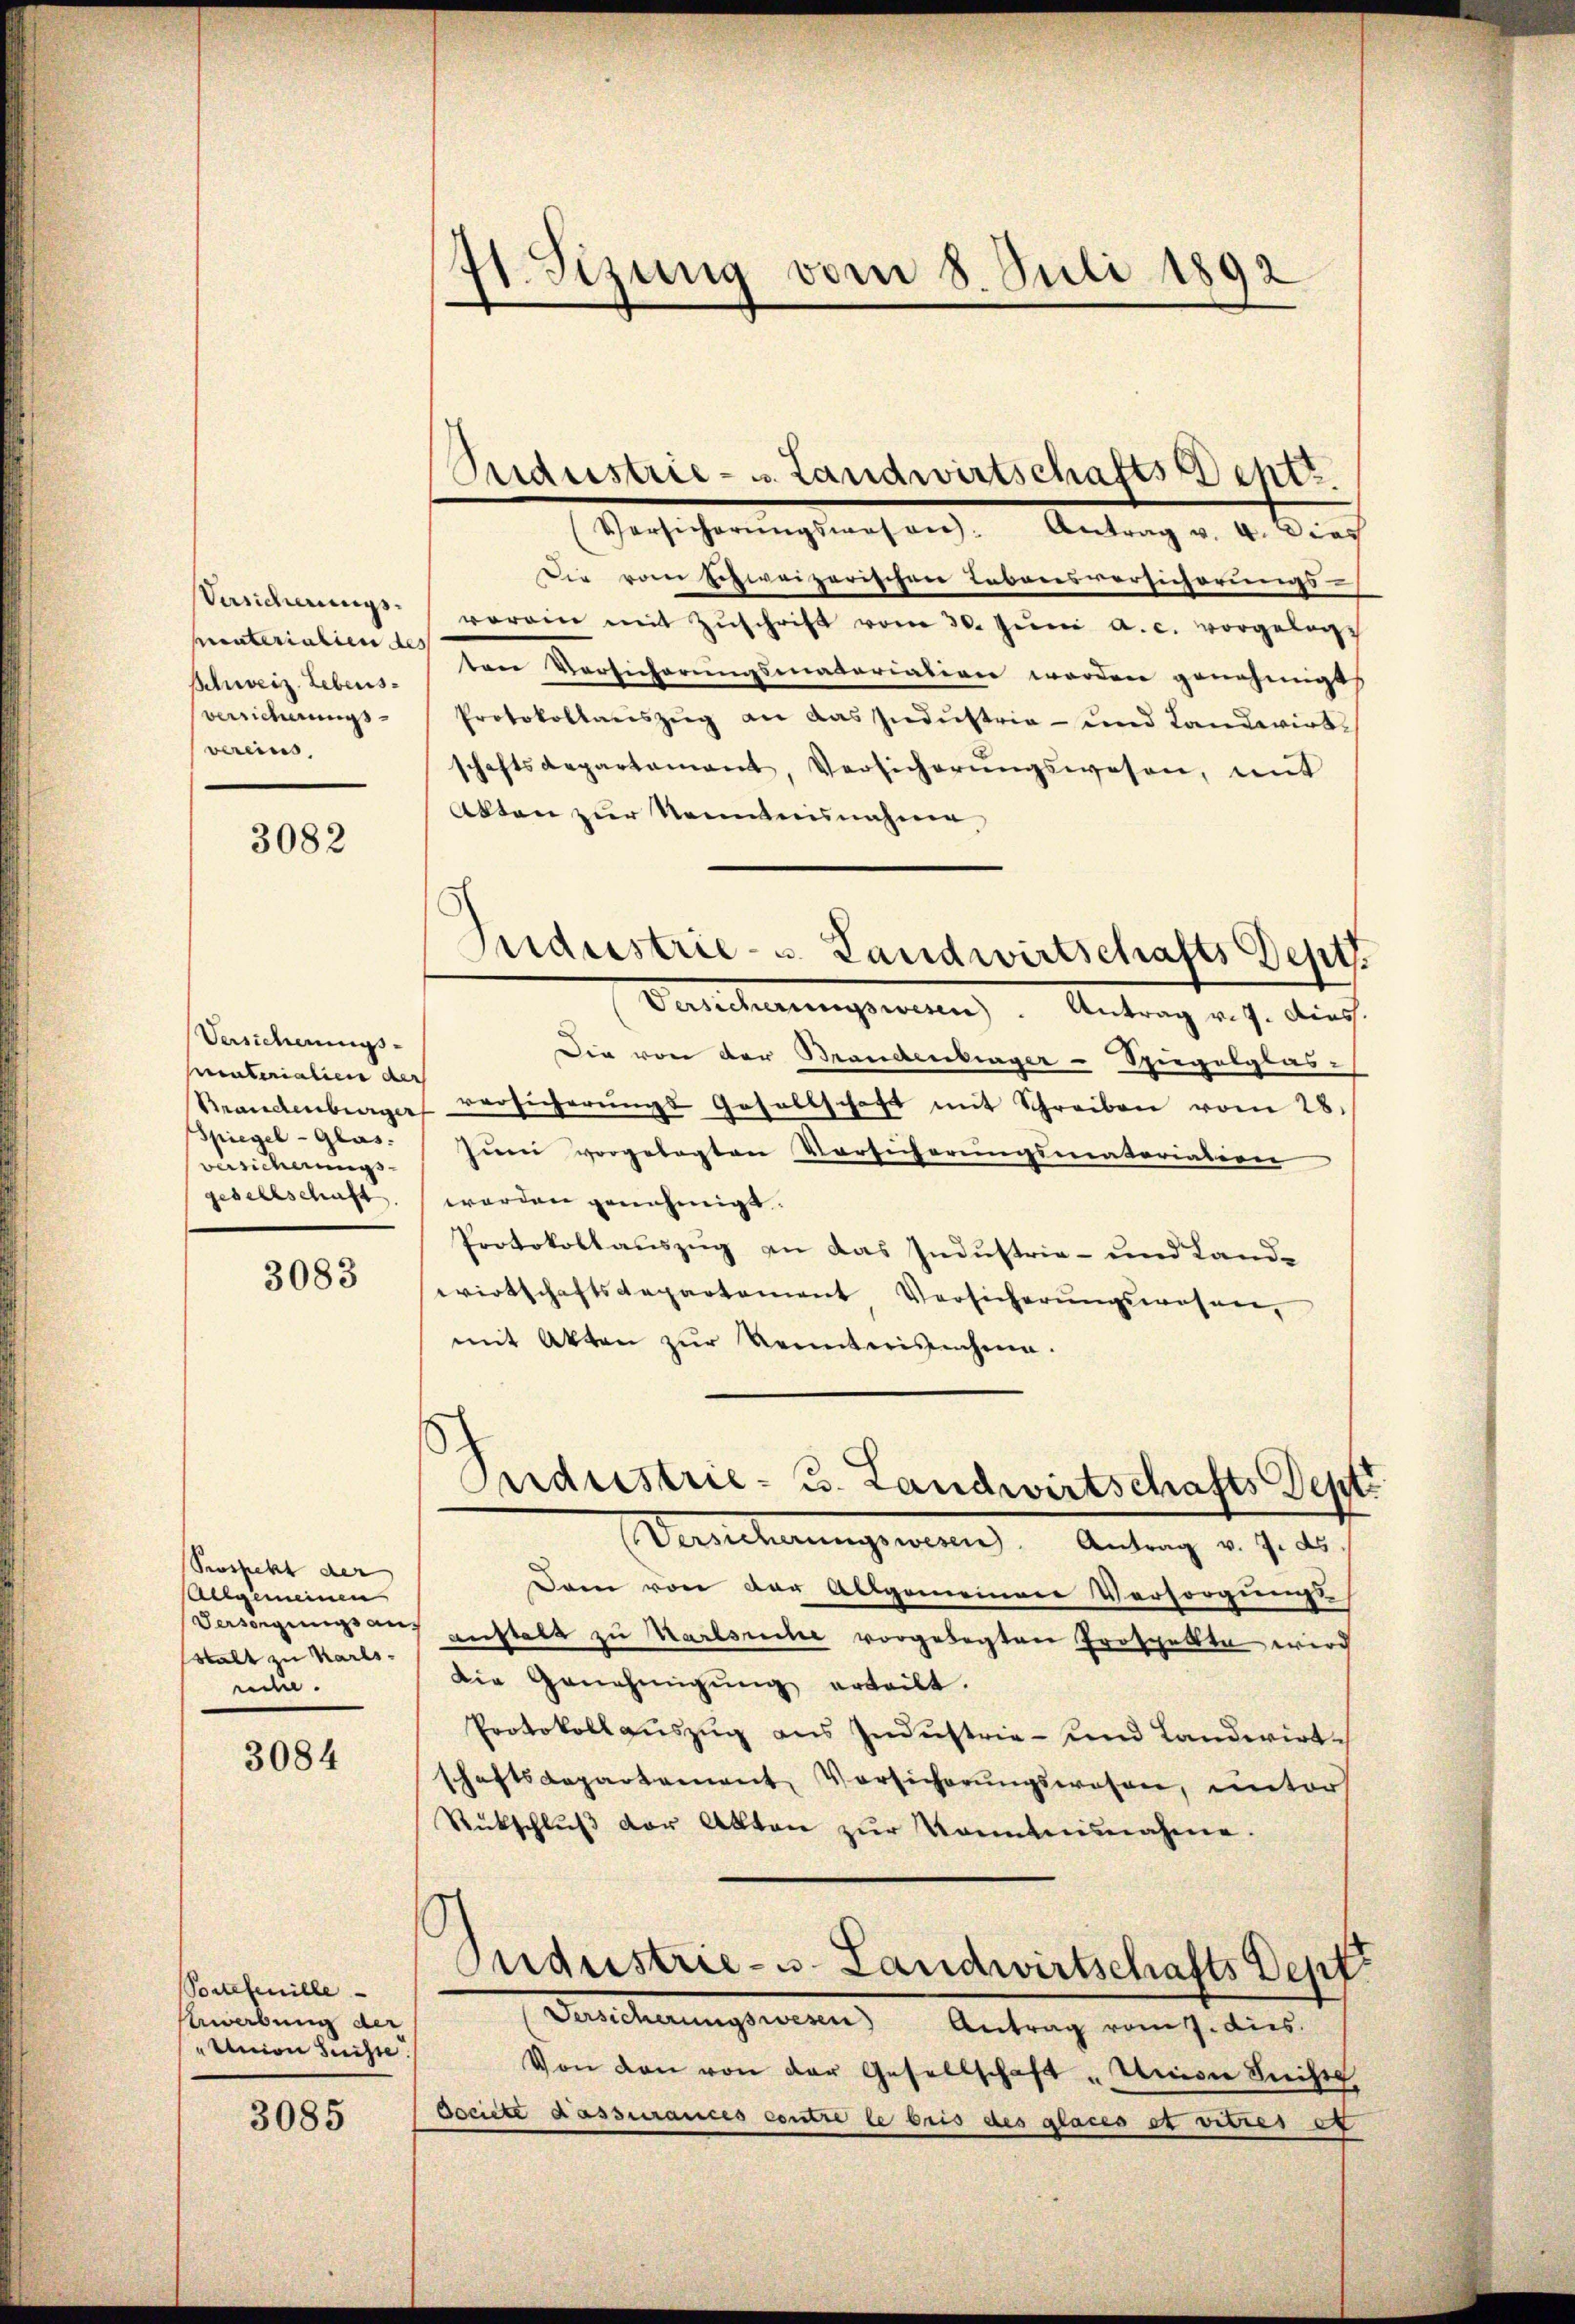
Versicherungspaterialien des
Schweiz. Lebensverricherungs-
vereins,

3082

Versicherungs-
pinterialien der
Spiegel-Glas.
versicherungs
gesellschaft

3083

Seussicht der
Allgemeinen
Versorgungsans
stalt zu Karls-
nun.

3084

3085

Sortefenille
ewerbung der
"Union Suisse.

41. Sizung vom 8. Juli 1892

Versicherŭngswesen: Antrag v. 4. Dies
Die vom pigweizerischen Lebensversicherungs-
vorein mit Zŭschrift vom 30. Jŭni a. c. vorgelegt
tene Versicherungsmatariatiren worden genehmigt
Protokollaŭszŭg an das Indŭstria - und Landwirt
schaftsdepartement, Versicherŭngswesen, mit
Akten zur Kenntnisnahme
Versicherungswesen. Antrag v. J. dies.
Die von der Brandenburger-Spiegelglas-
Brandenberger versicherŭngs-Gesellschaft mit Schreiben vom 28.
Juni vorgelegten Vorsicherungsmatoriation
worden genehmigt.
Protokollauszug an das Industrie- und Landwirtschaftsdepartement Versicherŭngswesen,
mit Akten zŭr Neunterischein.
rdristrie- u. Landwirtschafts Sept
Versicherungswesen. Antrag v. 7. ds.
Dann von der Allgemeinere Versorgungs
anstalt zu Marksche vorgelegten Prospetta wird
Die Genehmigung erteilt.
Protokollaŭszŭg ans Indŭstrie- und Landwirt
schaftsdepartement Versicherŭngswesen, unters
Rückschlŭβ der Akten zur Konntennahme.
b
Industrie- u. Landwirtschafts Dept.
Versicherungswesen Antrag vom 7. dies
Von den von der Gesellschaft "Union Seite
Dociete dassurances contre le pris des glaces et vieres e

Sideestrie- u Landwirtschafts Bent

Suidustrie- u. Landwirtschafts Dept